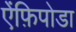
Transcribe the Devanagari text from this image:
ऐंफ़िपोडा